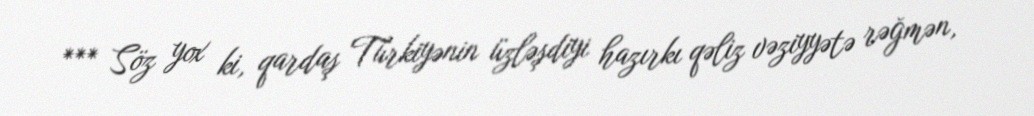
*** Söz yox ki, qardaş Türkiyənin üzləşdiyi hazırkı qəliz vəziyyətə rəğmən,